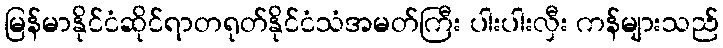
မြန်မာနိုင်ငံဆိုင်ရာတရုတ်နိုင်ငံသံအမတ်ကြီး ပါးပါးလှီး ကန်များသည်